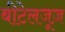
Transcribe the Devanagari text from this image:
बीटेलजूज़